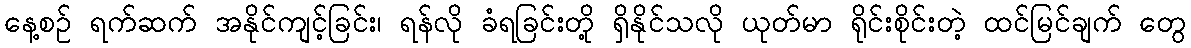
နေ့စဉ် ရက်ဆက် အနိုင်ကျင့်ခြင်း၊ ရန်လို ခံရခြင်းတို့ ရှိနိုင်သလို ယုတ်မာ ရိုင်းစိုင်းတဲ့ ထင်မြင်ချက် တွေ